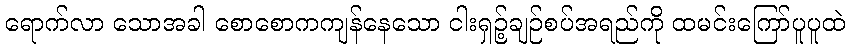
ရောက်လာ သောအခါ စောစောကကျန်နေသော ငါးရှဉ့်ချဉ်စပ်အရည်ကို ထမင်းကြော်ပူပူထဲ